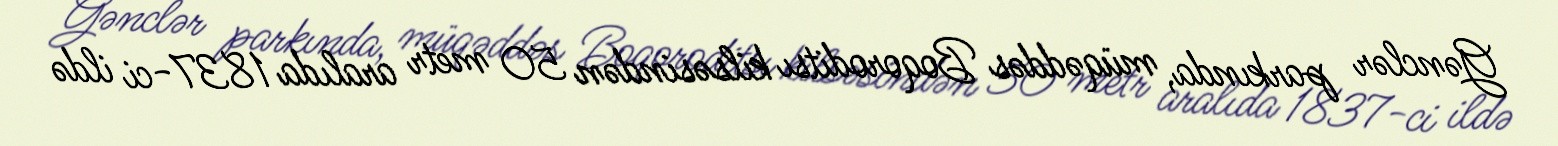
Gənclər parkında, müqəddəs Boqoroditsı kilsəsindən 50 metr aralıda 1837-ci ildə